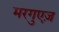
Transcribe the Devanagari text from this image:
मरगुएज़